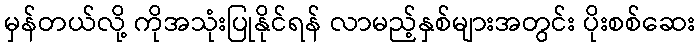
မှန်တယ်လို့ ကိုအသုံးပြုနိုင်ရန် လာမည့်နှစ်များအတွင်း ပိုးစစ်ဆေး